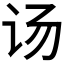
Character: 𰵌